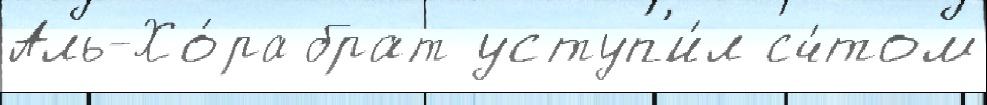
Аль-Хо́ра брат уступ'и́л сч́том